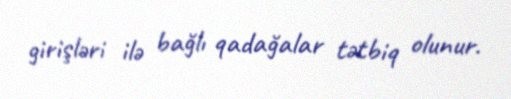
girişləri ilə bağlı qadağalar tətbiq olunur.